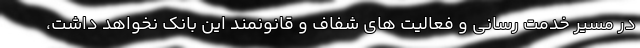
در مسیر خدمت رسانی و فعالیت های شفاف و قانونمند این بانک نخواهد داشت،